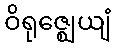
ဝိရုဇ္ဈေယျံ